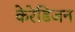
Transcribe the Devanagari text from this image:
केरेडिजन